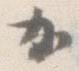
か